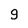
Character: g